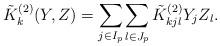
LaTeX: \begin{align*} \tilde { K}_k^{(2)}(Y,Z)= \sum_{j \in I_p} \sum_{l \in J_p} \tilde K_{kjl}^{(2)} Y_{j} Z_{l}.\end{align*}